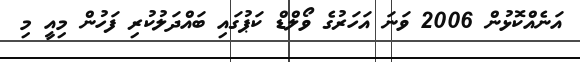
އަނެއްކޮޅުން 2006 ވަނަ އަހަރުގެ ވޯލްޑް ކަޕުގައި ބައްދަލުކުރި ފަހުން މިއީ މި